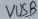
Text: VUSB